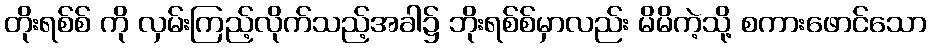
တိုးရစ်စ် ကို လှမ်းကြည့်လိုက်သည့်အခါ၌ ဘိုးရစ်စ်မှာလည်း မိမိကဲ့သို့ စကားဖောင်သော